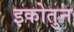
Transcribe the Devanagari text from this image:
इकोतुन